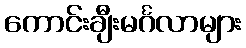
ကောင်းချီးမင်္ဂလာများ